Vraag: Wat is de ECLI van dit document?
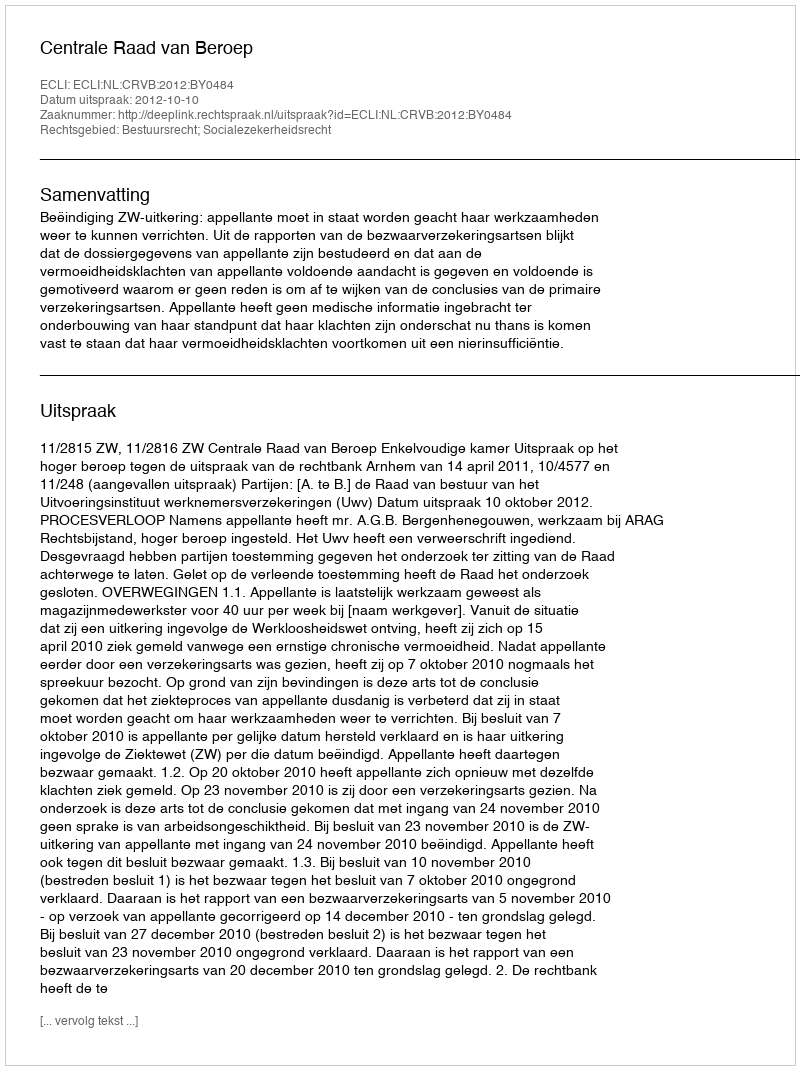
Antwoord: ECLI:NL:CRVB:2012:BY0484